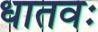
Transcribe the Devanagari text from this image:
धातवः